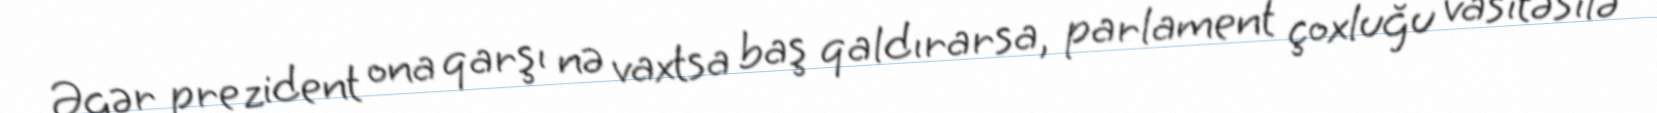
Əgər prezident ona qarşı nə vaxtsa baş qaldırarsa, parlament çoxluğu vasitəsilə